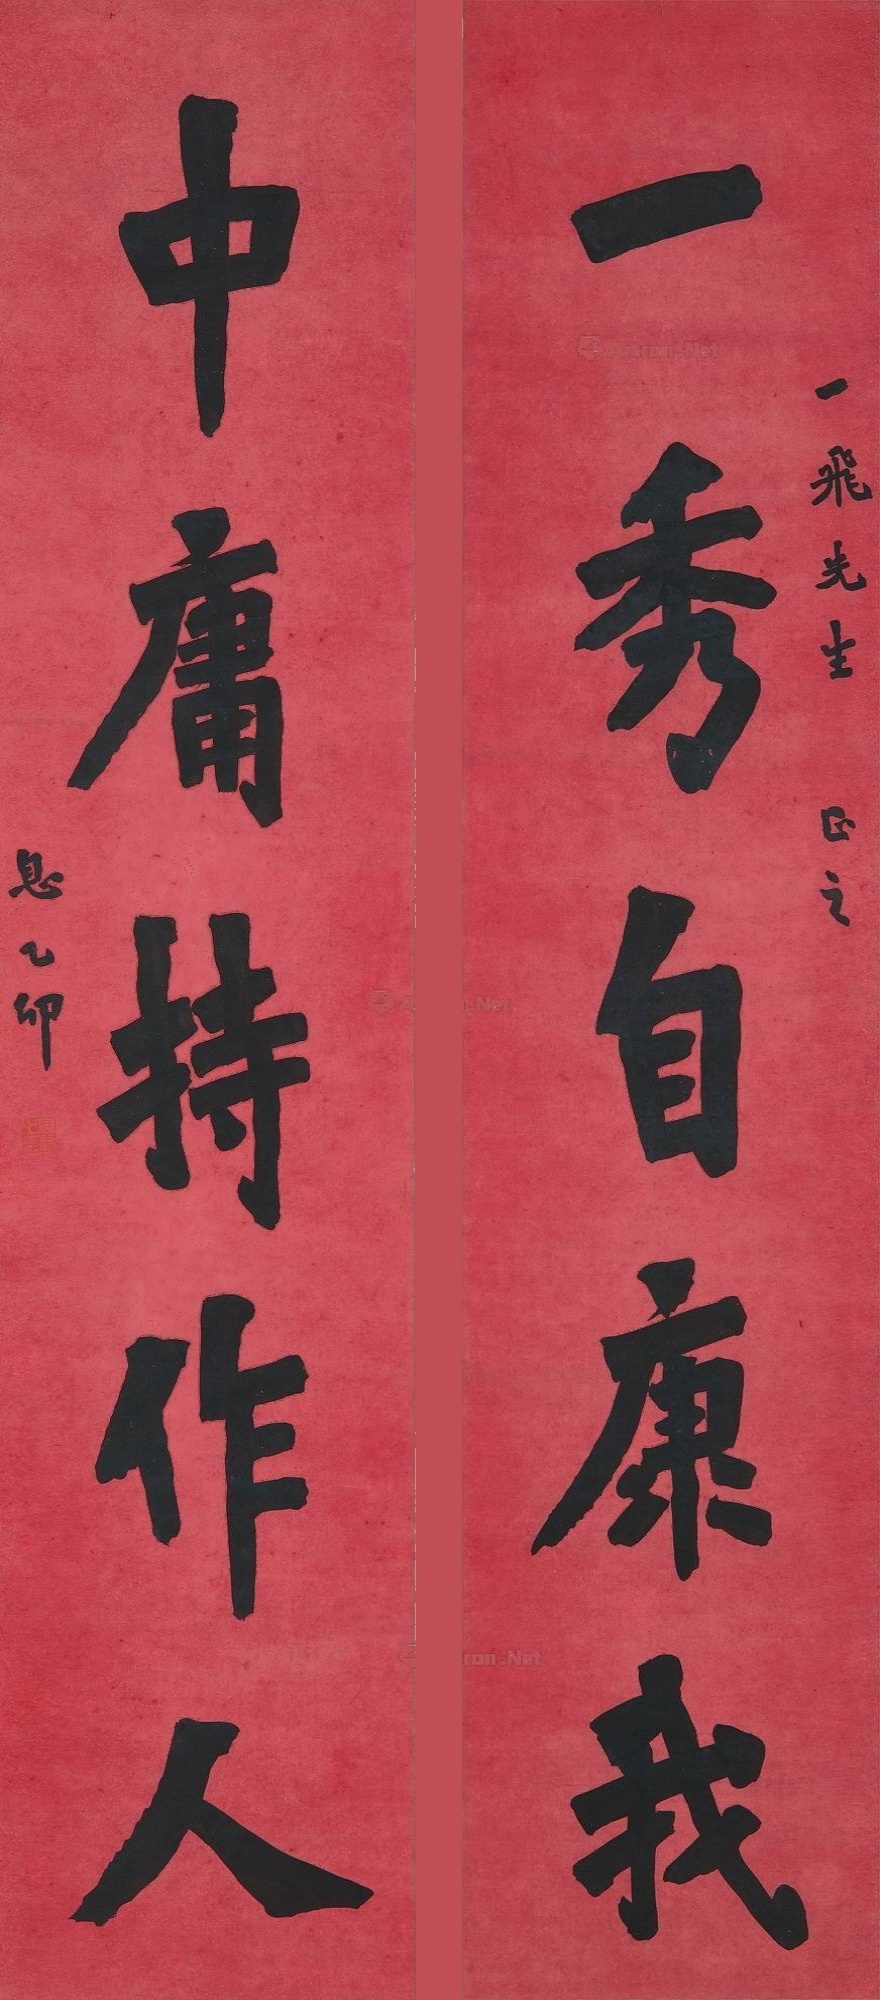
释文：一秀自康我，中庸持作人。一飞先生正之。息。乙卯。